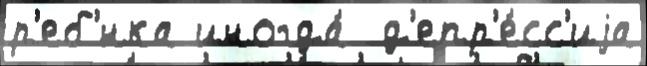
р'еб'́нка иногда́  д'епр'е́сс'иjа